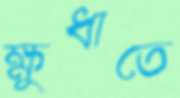
ক্ষুধাতে